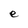
Character: e